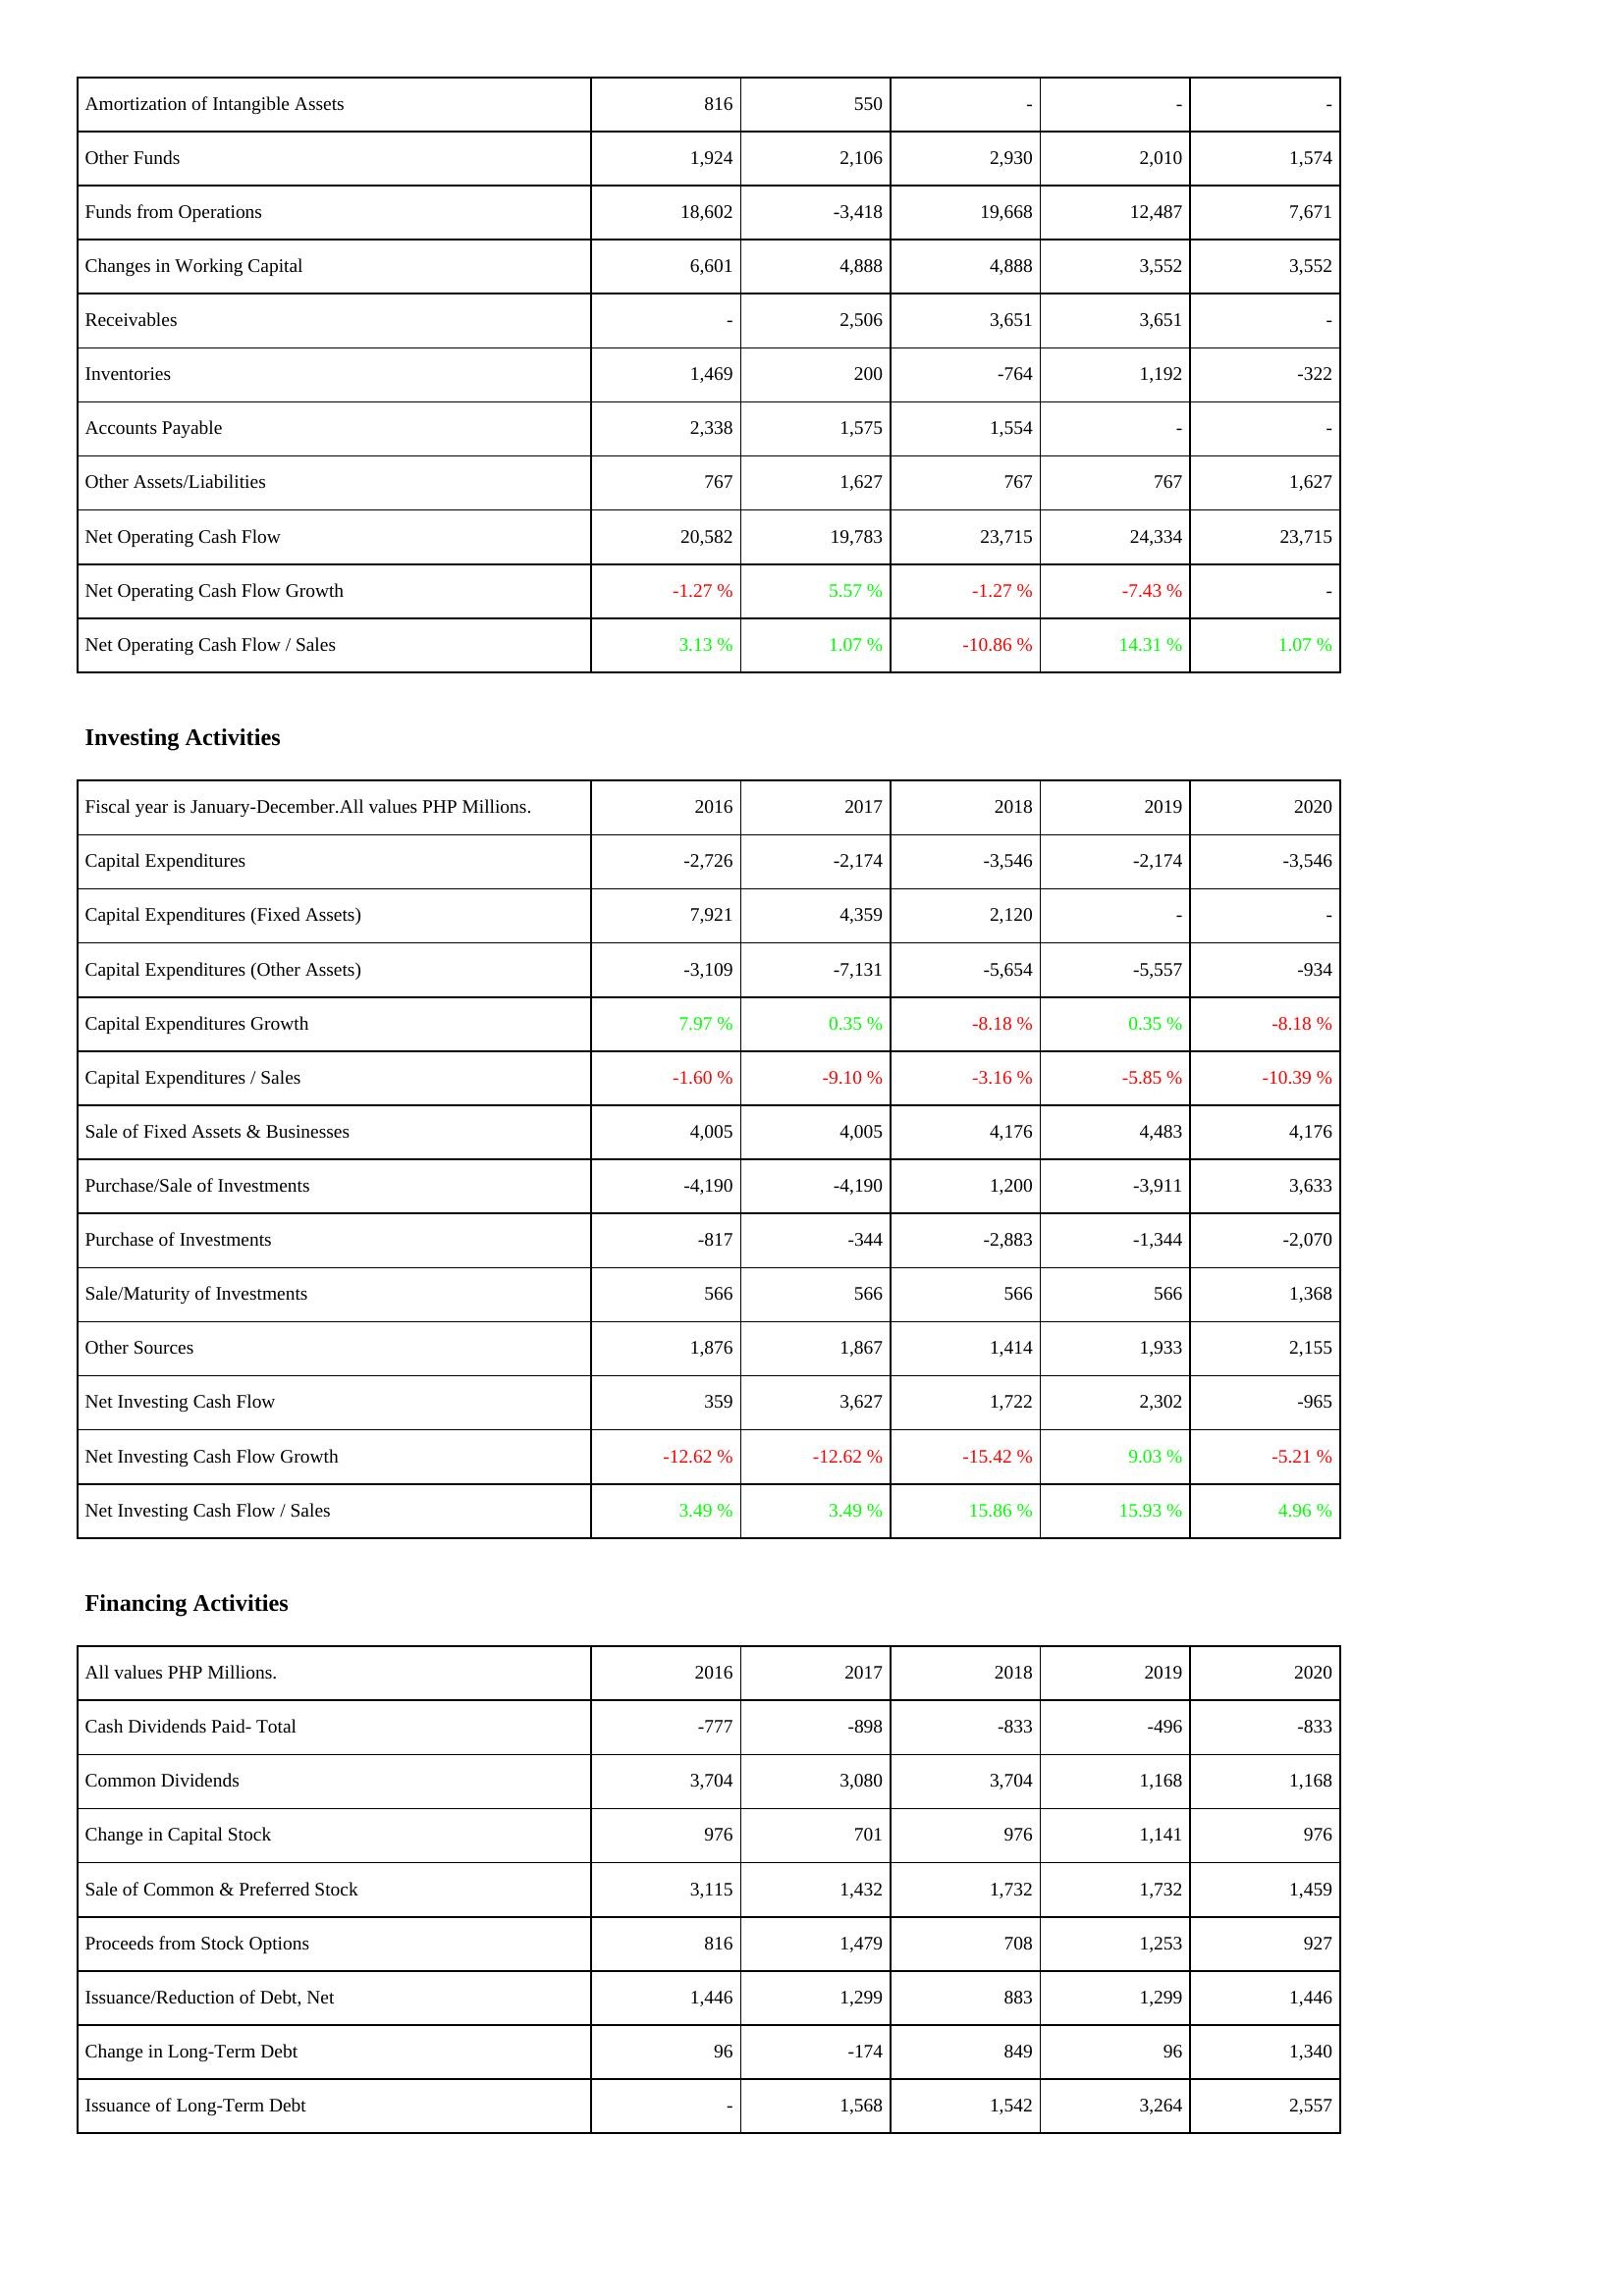
2016: Operating Activities: Amortization of Intangible Assets: 816
Other Funds: 1,924
Funds from Operations: 18,602
Changes in Working Capital: 6,601
Receivables: -
Inventories: 1,469
Accounts Payable: 2,338
Other Assets/Liabilities: 767
Net Operating Cash Flow: 20,582
Net Operating Cash Flow Growth: -1.27 %
Net Operating Cash Flow / Sales: 3.13 %
Investing Activities: Capital Expenditures: -2,726
Capital Expenditures (Fixed Assets): 7,921
Capital Expenditures (Other Assets): -3,109
Capital Expenditures Growth: 7.97 %
Capital Expenditures / Sales: -1.60 %
Sale of Fixed Assets & Businesses: 4,005
Purchase/Sale of Investments: -4,190
Purchase of Investments: -817
Sale/Maturity of Investments: 566
Other Sources: 1,876
Net Investing Cash Flow: 359
Net Investing Cash Flow Growth: -12.62 %
Net Investing Cash Flow / Sales: 3.49 %
Financing Activities: Cash Dividends Paid- Total: -777
Common Dividends: 3,704
Change in Capital Stock: 976
Sale of Common & Preferred Stock: 3,115
Proceeds from Stock Options: 816
Issuance/Reduction of Debt, Net: 1,446
Change in Long-Term Debt: 96
Issuance of Long-Term Debt: -
2017: Operating Activities: Amortization of Intangible Assets: 550
Other Funds: 2,106
Funds from Operations: -3,418
Changes in Working Capital: 4,888
Receivables: 2,506
Inventories: 200
Accounts Payable: 1,575
Other Assets/Liabilities: 1,627
Net Operating Cash Flow: 19,783
Net Operating Cash Flow Growth: 5.57 %
Net Operating Cash Flow / Sales: 1.07 %
Investing Activities: Capital Expenditures: -2,174
Capital Expenditures (Fixed Assets): 4,359
Capital Expenditures (Other Assets): -7,131
Capital Expenditures Growth: 0.35 %
Capital Expenditures / Sales: -9.10 %
Sale of Fixed Assets & Businesses: 4,005
Purchase/Sale of Investments: -4,190
Purchase of Investments: -344
Sale/Maturity of Investments: 566
Other Sources: 1,867
Net Investing Cash Flow: 3,627
Net Investing Cash Flow Growth: -12.62 %
Net Investing Cash Flow / Sales: 3.49 %
Financing Activities: Cash Dividends Paid- Total: -898
Common Dividends: 3,080
Change in Capital Stock: 701
Sale of Common & Preferred Stock: 1,432
Proceeds from Stock Options: 1,479
Issuance/Reduction of Debt, Net: 1,299
Change in Long-Term Debt: -174
Issuance of Long-Term Debt: 1,568
2018: Operating Activities: Amortization of Intangible Assets: -
Other Funds: 2,930
Funds from Operations: 19,668
Changes in Working Capital: 4,888
Receivables: 3,651
Inventories: -764
Accounts Payable: 1,554
Other Assets/Liabilities: 767
Net Operating Cash Flow: 23,715
Net Operating Cash Flow Growth: -1.27 %
Net Operating Cash Flow / Sales: -10.86 %
Investing Activities: Capital Expenditures: -3,546
Capital Expenditures (Fixed Assets): 2,120
Capital Expenditures (Other Assets): -5,654
Capital Expenditures Growth: -8.18 %
Capital Expenditures / Sales: -3.16 %
Sale of Fixed Assets & Businesses: 4,176
Purchase/Sale of Investments: 1,200
Purchase of Investments: -2,883
Sale/Maturity of Investments: 566
Other Sources: 1,414
Net Investing Cash Flow: 1,722
Net Investing Cash Flow Growth: -15.42 %
Net Investing Cash Flow / Sales: 15.86 %
Financing Activities: Cash Dividends Paid- Total: -833
Common Dividends: 3,704
Change in Capital Stock: 976
Sale of Common & Preferred Stock: 1,732
Proceeds from Stock Options: 708
Issuance/Reduction of Debt, Net: 883
Change in Long-Term Debt: 849
Issuance of Long-Term Debt: 1,542
2019: Operating Activities: Amortization of Intangible Assets: -
Other Funds: 2,010
Funds from Operations: 12,487
Changes in Working Capital: 3,552
Receivables: 3,651
Inventories: 1,192
Accounts Payable: -
Other Assets/Liabilities: 767
Net Operating Cash Flow: 24,334
Net Operating Cash Flow Growth: -7.43 %
Net Operating Cash Flow / Sales: 14.31 %
Investing Activities: Capital Expenditures: -2,174
Capital Expenditures (Fixed Assets): -
Capital Expenditures (Other Assets): -5,557
Capital Expenditures Growth: 0.35 %
Capital Expenditures / Sales: -5.85 %
Sale of Fixed Assets & Businesses: 4,483
Purchase/Sale of Investments: -3,911
Purchase of Investments: -1,344
Sale/Maturity of Investments: 566
Other Sources: 1,933
Net Investing Cash Flow: 2,302
Net Investing Cash Flow Growth: 9.03 %
Net Investing Cash Flow / Sales: 15.93 %
Financing Activities: Cash Dividends Paid- Total: -496
Common Dividends: 1,168
Change in Capital Stock: 1,141
Sale of Common & Preferred Stock: 1,732
Proceeds from Stock Options: 1,253
Issuance/Reduction of Debt, Net: 1,299
Change in Long-Term Debt: 96
Issuance of Long-Term Debt: 3,264
2020: Operating Activities: Amortization of Intangible Assets: -
Other Funds: 1,574
Funds from Operations: 7,671
Changes in Working Capital: 3,552
Receivables: -
Inventories: -322
Accounts Payable: -
Other Assets/Liabilities: 1,627
Net Operating Cash Flow: 23,715
Net Operating Cash Flow Growth: -
Net Operating Cash Flow / Sales: 1.07 %
Investing Activities: Capital Expenditures: -3,546
Capital Expenditures (Fixed Assets): -
Capital Expenditures (Other Assets): -934
Capital Expenditures Growth: -8.18 %
Capital Expenditures / Sales: -10.39 %
Sale of Fixed Assets & Businesses: 4,176
Purchase/Sale of Investments: 3,633
Purchase of Investments: -2,070
Sale/Maturity of Investments: 1,368
Other Sources: 2,155
Net Investing Cash Flow: -965
Net Investing Cash Flow Growth: -5.21 %
Net Investing Cash Flow / Sales: 4.96 %
Financing Activities: Cash Dividends Paid- Total: -833
Common Dividends: 1,168
Change in Capital Stock: 976
Sale of Common & Preferred Stock: 1,459
Proceeds from Stock Options: 927
Issuance/Reduction of Debt, Net: 1,446
Change in Long-Term Debt: 1,340
Issuance of Long-Term Debt: 2,557